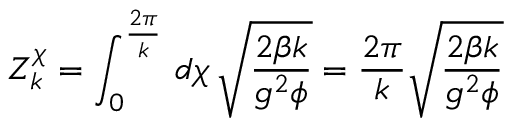
{ \cal Z } _ { k } ^ { \chi } = \int _ { 0 } ^ { \frac { 2 \pi } { k } } \, d \chi \, \sqrt { \frac { 2 \beta k } { g ^ { 2 } \phi } } = \frac { 2 \pi } { k } \sqrt { \frac { 2 \beta k } { g ^ { 2 } \phi } }